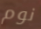
نوم